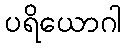
ပရိယောဂါ